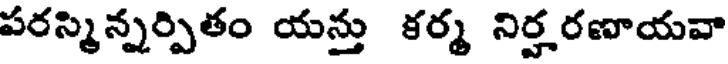
పరస్మిన్నర్పితం యన్తు కర్మ నిర్హరణాయవా